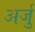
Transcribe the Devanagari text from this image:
अर्जु